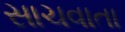
સાચવાતા